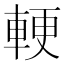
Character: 𮝓